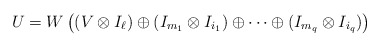
\begin{align*}U=W\left((V\otimes I_\ell)\oplus (I_{m_1}\otimes I_{i_1})\oplus\dots\oplus (I_{m_q}\otimes I_{i_q})\right)\end{align*}